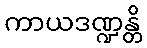
ကာယဒဏ္ဍန္တိ